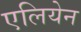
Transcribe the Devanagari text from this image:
एलियेन